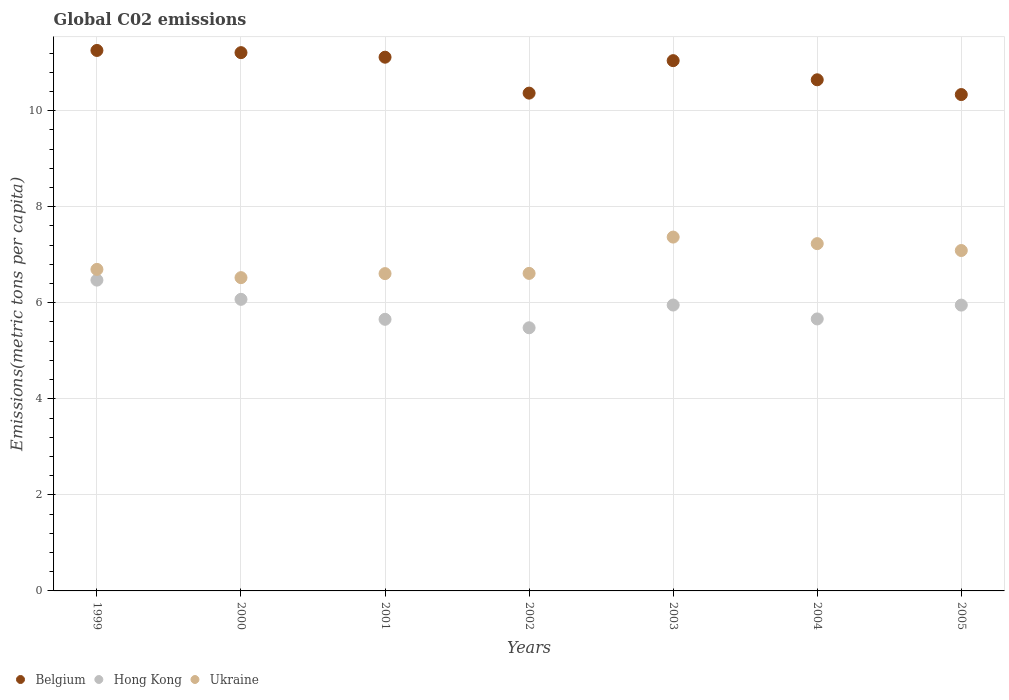
| Years | Belgium | Hong Kong | Ukraine |
 | --- | --- | --- | --- |
 | 1999 | 11.3 | 6.47 | 6.69 |
 | 2000 | 11.2 | 6.07 | 6.52 |
 | 2001 | 11.1 | 5.66 | 6.61 |
 | 2002 | 10.4 | 5.48 | 6.61 |
 | 2003 | 11 | 5.95 | 7.37 |
 | 2004 | 10.6 | 5.66 | 7.23 |
 | 2005 | 10.3 | 5.95 | 7.09 |